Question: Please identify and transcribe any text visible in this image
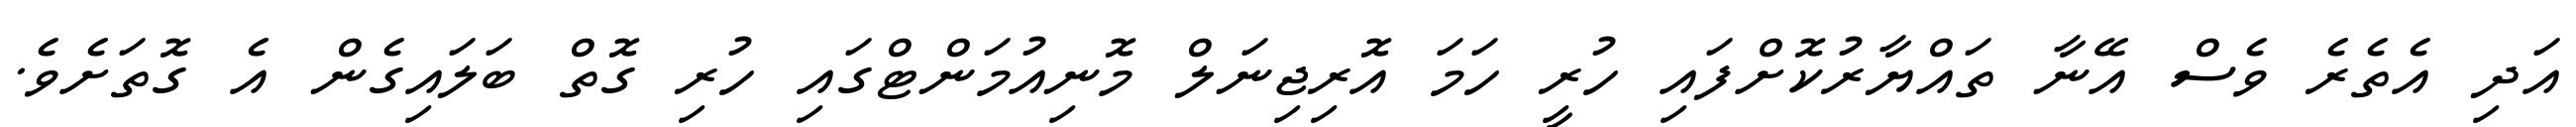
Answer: އަދި އެތެރެ ވެސް އޭނާ ތައްޔާރުކޮށްފައި ހުރީ ހަމަ އޮރިޖިނަލް މޮނިއުމަންޓްގައި ހުރި ގޮތް ބަލައިގެން އެ ގޮތަށެވެ.